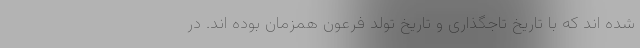
شده اند که با تاریخ تاجگذاری و تاریخ تولد فرعون همزمان بوده اند. در